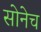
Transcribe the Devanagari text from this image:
सोनेच